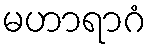
မဟာရာဂံ